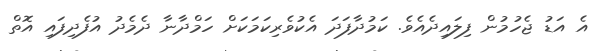
އެ އަޑު ޖެހުމުން ފިލައިދެއެވެ. ކަމުދާފަދަ އެކުވެރިކަމަކަށް ހަމްދާނާ ދެމެދު އުފެދިފައި އޮތް